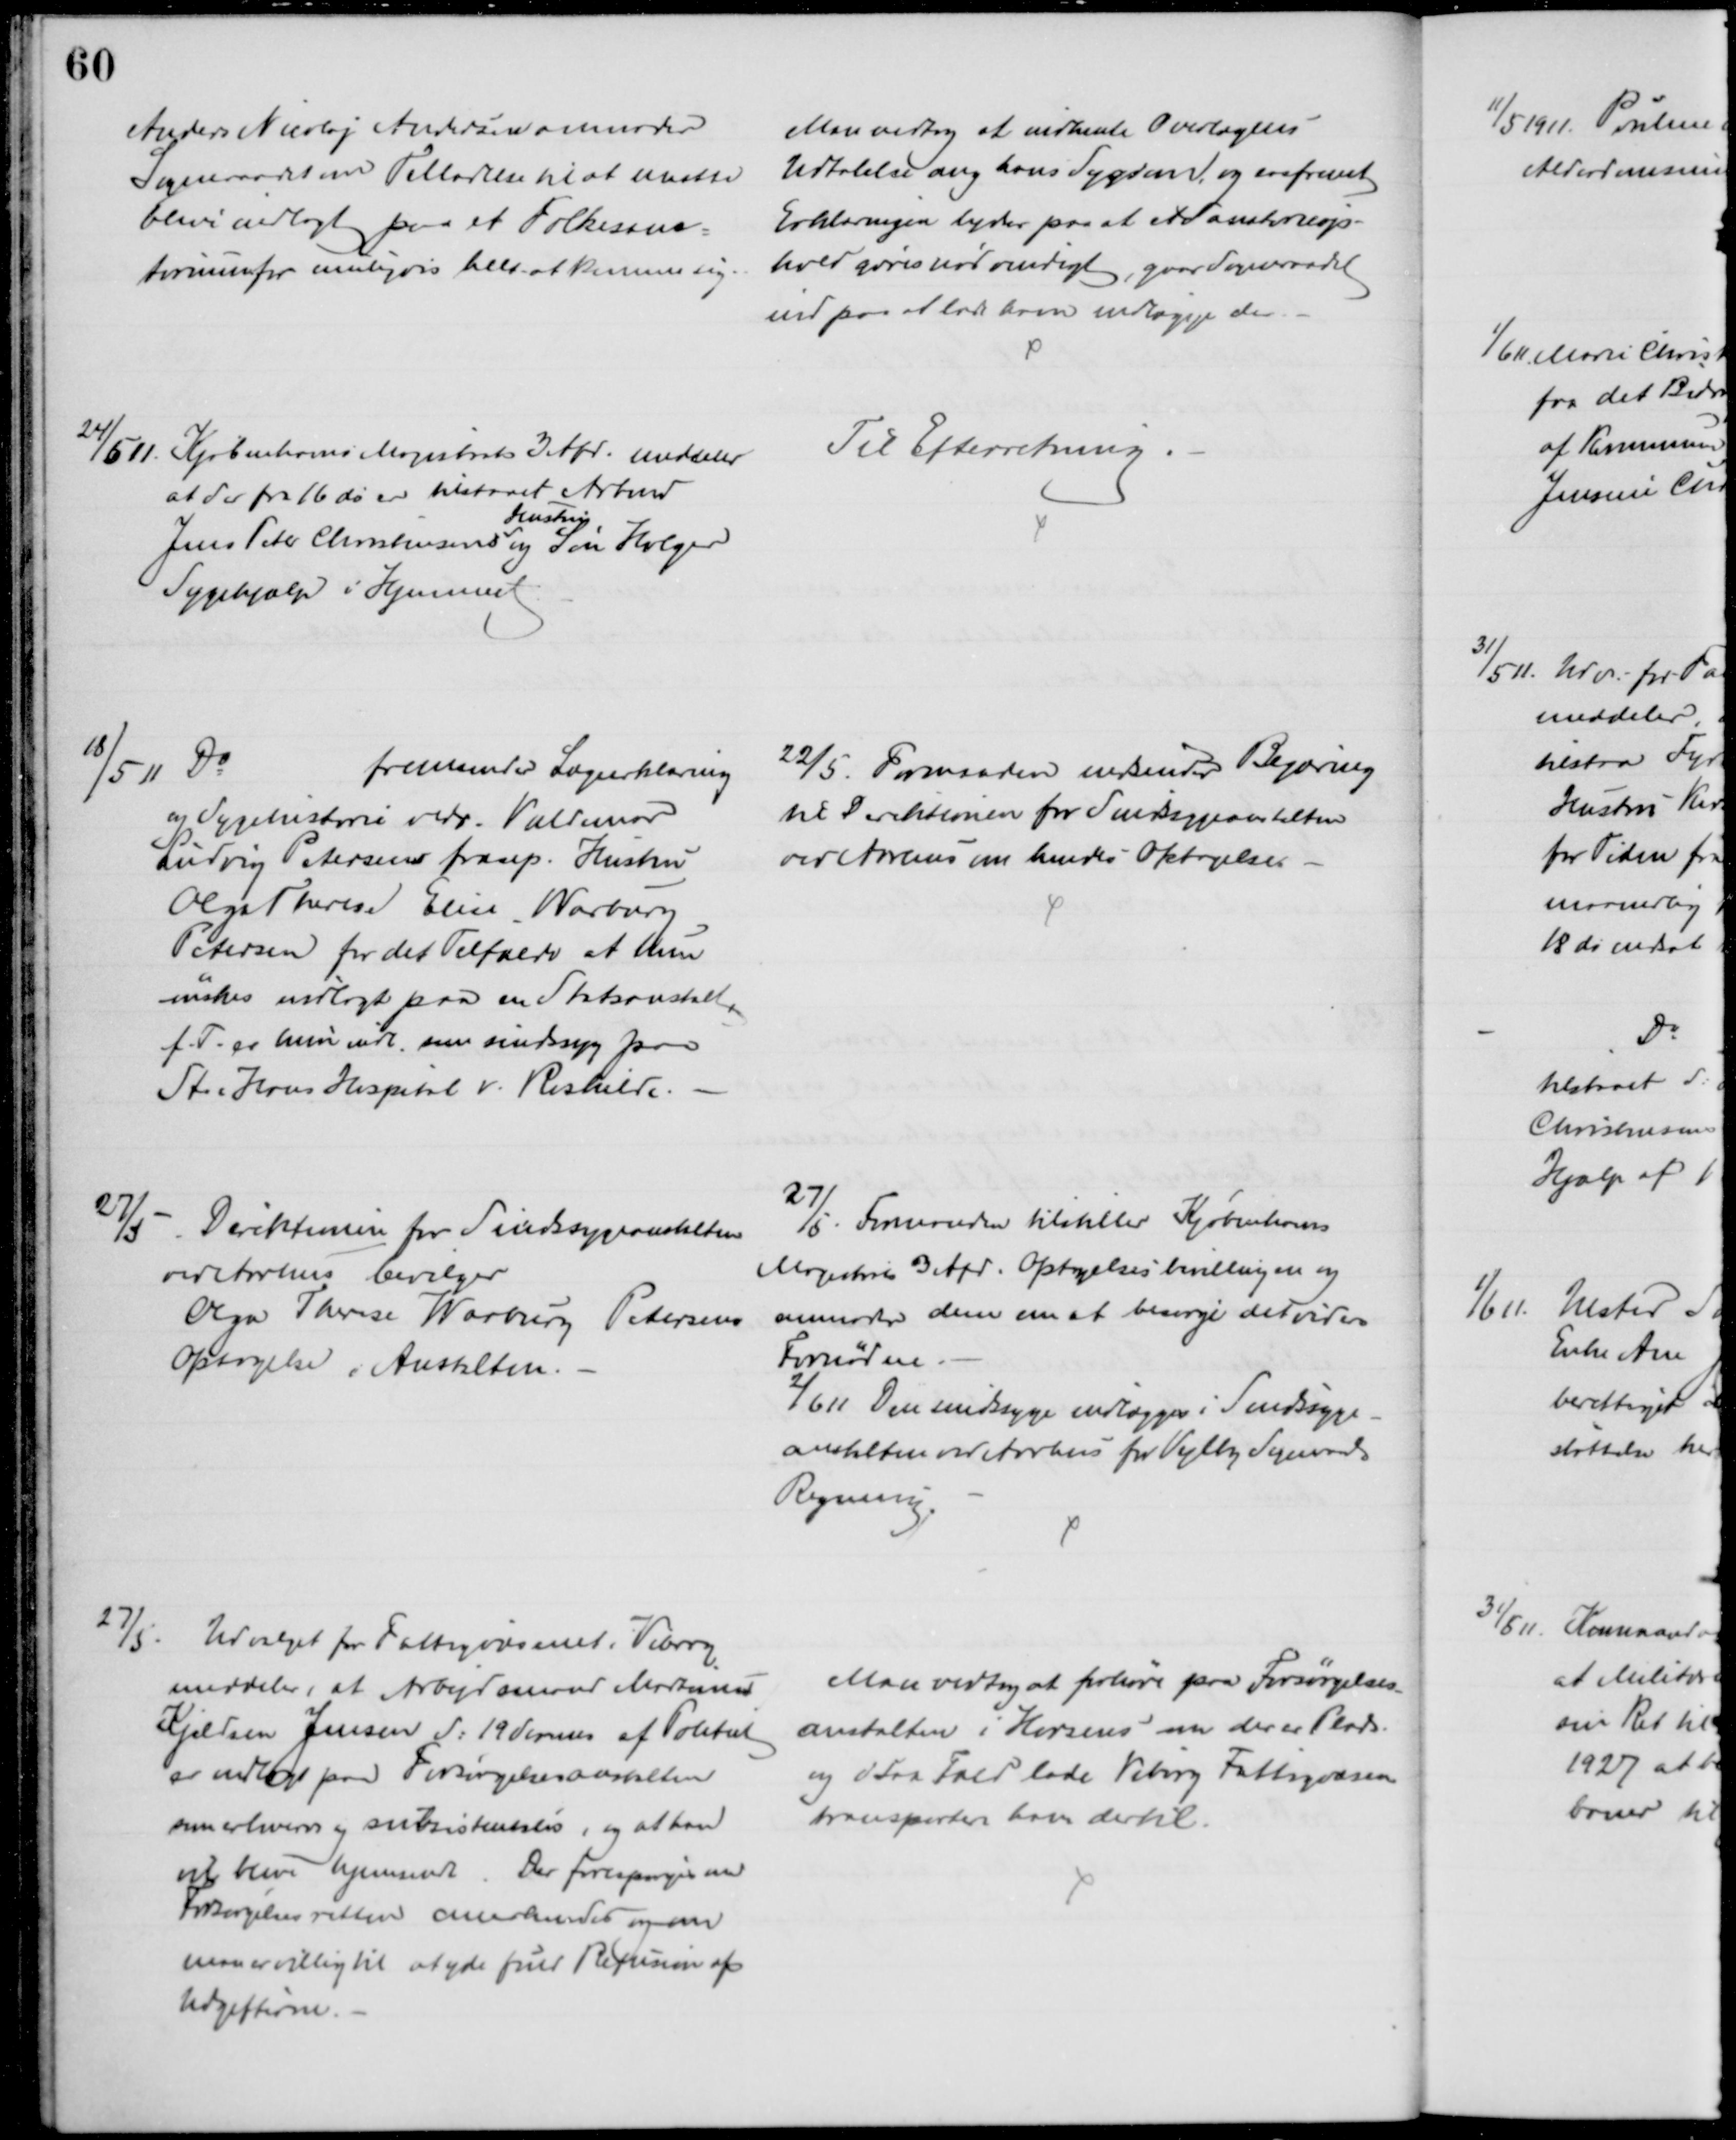
Transskription:
Anders Nicolaj Andersen anmoder
Sogneraadet om Tilladelse til at maatte
blive indlagt paa et Folkesana=
torium for muligvis helt at komme sig.
Man vedtog at indhente Overlægens
Udtalelse ang hans Sygdom, og saafremt
Erklæringen lyder paa at et Sanatorieop-
hold gøres nødvendigt, gaar Sogneraadet
ind paa at lade ham indlægge der.
24/5 11.
Kjøbenhavns Magistrats 3 Afd. meddeler
at der fra 16 ds er tilstaaet Arbmd.
Jens Peter Christensens 
Hustru
og søn Holger
Sygehjælp i Hjemmet
Til Efterretning.
18/5 11
Do
fremsender Lægeerklæring
og Sygehistorie vedr. Valdemar
Ludvig Petersens frasep. Hustru
Olga Therese Elise Warburg
Petersen for det Tilfælde at hun
ønskes indlagt paa en Statsanstalt,
f.T. er hun indl. som sindssyg paa
St. Hans Hospital v. Roskilde.
22/5. Formanden indsender Begæring
til Direktionen for Sindssygeanstalten
ved Aarhus om hendes Optagelse
27/5 Direktionen for Sindssygeanstalten
ved Aarhus bevilger
Olga Therese Warburg Petersens
Optagelse i Anstalten.
27/5. Formanden tilstiller Kjøbenhavns
Magistrats 3 Afd. Optagelsesbevillingen og
anmoder dem om at besørge det videre
Fornødne.
2/6 11. Den sindssyge indlægges i Sindssyge-
anstalten ved Aarhus for Vejlby Sogneraads
Regning.
27/5.
Udvalget for Fattigvæsenet i Viborg
meddeler, at Arbejdsmand Martinus
Kjeldsen Jensen d: 19 dennes af Politiet
er indlagt paa Forsørgelsesanstalten
som erhvervs og subsistensløs, og at han
vil have hjemsendt. Der forespørges om
Forsørgelsesretten anerkendes og om
man er villig til at yde fuld Refusion af 
Udgifterne.
Man vedtog at forhøre paa Forsørgelses
anstalten i Horsens om der er Plads.
og i saa Fald lade Viborg Fattigvæsen
transportere ham dertil.